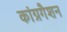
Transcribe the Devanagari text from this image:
कांग्रगैशन